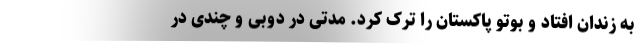
به زندان افتاد و بوتو پاکستان را ترک کرد. مدتی در دوبی و چندی در